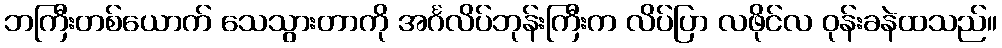
ဘကြီးတစ်ယောက် သေသွားတာကို အင်္ဂလိပ်ဘုန်းကြီးက လိပ်ပြာ လဖိုင်လ ဝုန်းခနဲထသည်။